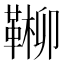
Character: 𩋶